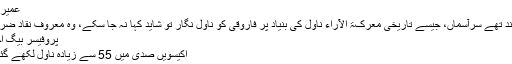
عمیر منظر:
کئی چاند تھے سرآسماں، جیسے تاریخی معرکۃ الآراء ناول کی بنیاد پر فاروقی کو ناول نگار تو شاید کہا نہ جا سکے، وہ معروف نقاد ضرور ہیں
پروفیسر بیگ احساس:
اکیسویں صدی میں 55 سے زیادہ ناول لکھے گئے ہیں۔